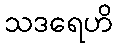
သဒရေဟိ